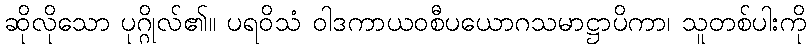
ဆိုလိုသော ပုဂ္ဂိုလ်၏။ ပရဝိသံ ဝါဒကာယဝစီပယောဂသမာဋ္ဌာပိကာ၊ သူတစ်ပါးကို